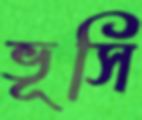
ভূসি